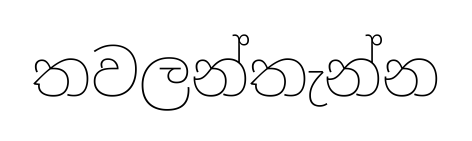
තවලන්තැන්න